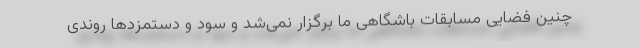
چنین فضایی مسابقات باشگاهی ما برگزار نمی‌شد و سود و دستمزدها روندی